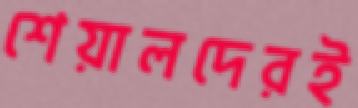
শেয়ালদেরই